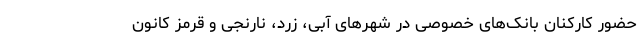
حضور کارکنان بانک‌های خصوصی در شهرهای آبی، زرد، نارنجی و قرمز کانون